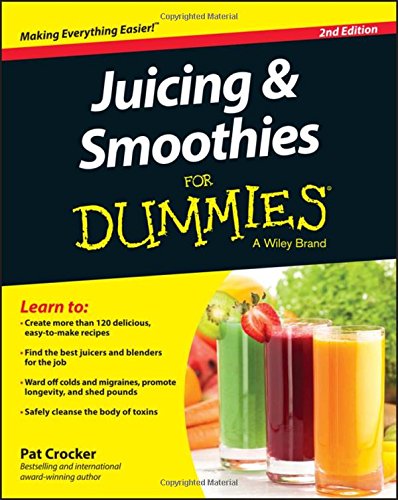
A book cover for Juicing and Smoothies For Dummies; Pat Crocker; Cookbooks, Food & Wine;